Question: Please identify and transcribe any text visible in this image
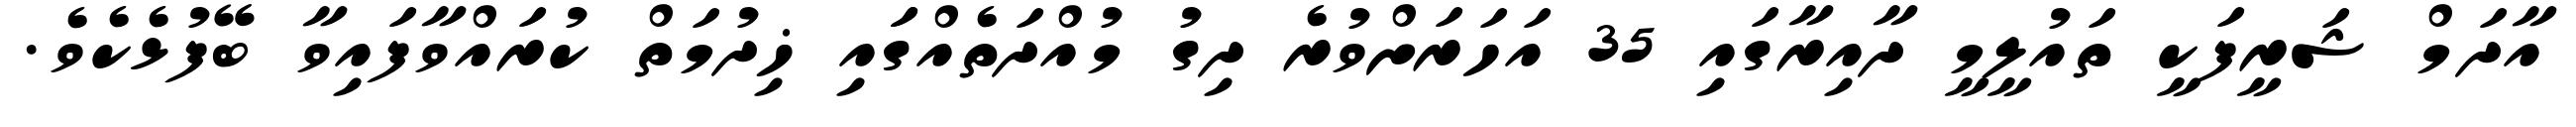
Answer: އާދަމް ޝަރީފަކީ ތައުލީމީ ދާއިރާގައި 35 އަހަރަށްވުރެ ދިގު މުއްދަތެއްގަައި ޚިދުމަތް ކުރައްވާފައިވާ ބޭފުޅެކެވެ.